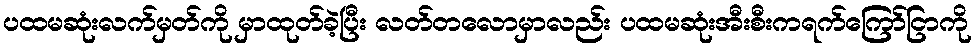
ပထမဆုံးလက်မှတ်ကို မှာထုတ်ခဲ့ပြီး လတ်တလောမှာလည်း ပထမဆုံးအီးစီးကရက်ကြော်ငြာကို